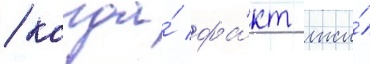
/ когда́ фа́кт лжи́